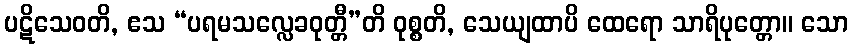
ပဋိသေဝတိ, ဧသ “ပရမသလ္လေခဝုတ္တီ”တိ ဝုစ္စတိ, သေယျထာပိ ထေရော သာရိပုတ္တော။ သော